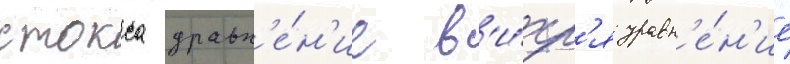
стокса уравн'е́н'ие в'и́хр'я уравн'е́н'ие